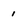
Character: 1